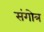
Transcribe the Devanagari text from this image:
संगोत्र